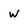
Character: w